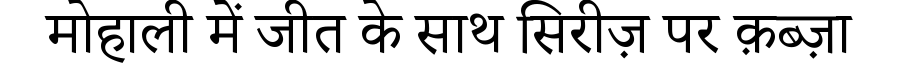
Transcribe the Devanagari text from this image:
मोहाली में जीत के साथ सिरीज़ पर क़ब्ज़ा